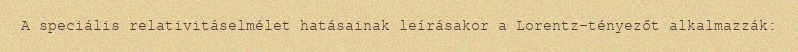
A speciális relativitáselmélet hatásainak leírásakor a Lorentz-tényezőt alkalmazzák: